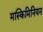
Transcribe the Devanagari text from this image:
मस्किमिनियन